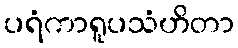
ပရံကာရူပသံဟိတာ